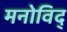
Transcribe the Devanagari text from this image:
मनोविद्